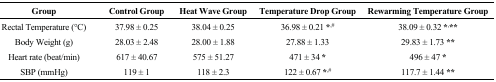
<table><thead><tr><td><b>Group</b></td><td><b>Control Group</b></td><td><b>Heat Wave Group</b></td><td><b>Temperature Drop Group</b></td><td><b>Rewarming Temperature Group</b></td></tr></thead><tbody><tr><td>Rectal Temperature (°C)</td><td>37.98 ± 0.25</td><td>38.04 ± 0.25</td><td>36.98 ± 0.21 <b>*</b><sup>,#</sup></td><td>38.09 ± 0.32 <b>*</b><sup>,</sup><b>**</b></td></tr><tr><td>Body Weight (g)</td><td>28.03 ± 2.48</td><td>28.00 ± 1.88</td><td>27.88 ± 1.33</td><td>29.83 ± 1.73 <b>**</b></td></tr><tr><td>Heart rate (beat/min)</td><td>617 ± 40.67</td><td>575 ± 51.27</td><td>471 ± 34 <b>*</b></td><td>496 ± 47 <b>*</b></td></tr><tr><td>SBP (mmHg)</td><td>119 ± 1</td><td>118 ± 2.3</td><td>122 ± 0.67 <b>*</b><sup>,#</sup></td><td>117.7 ± 1.44 <b>**</b></td></tr></tbody></table>